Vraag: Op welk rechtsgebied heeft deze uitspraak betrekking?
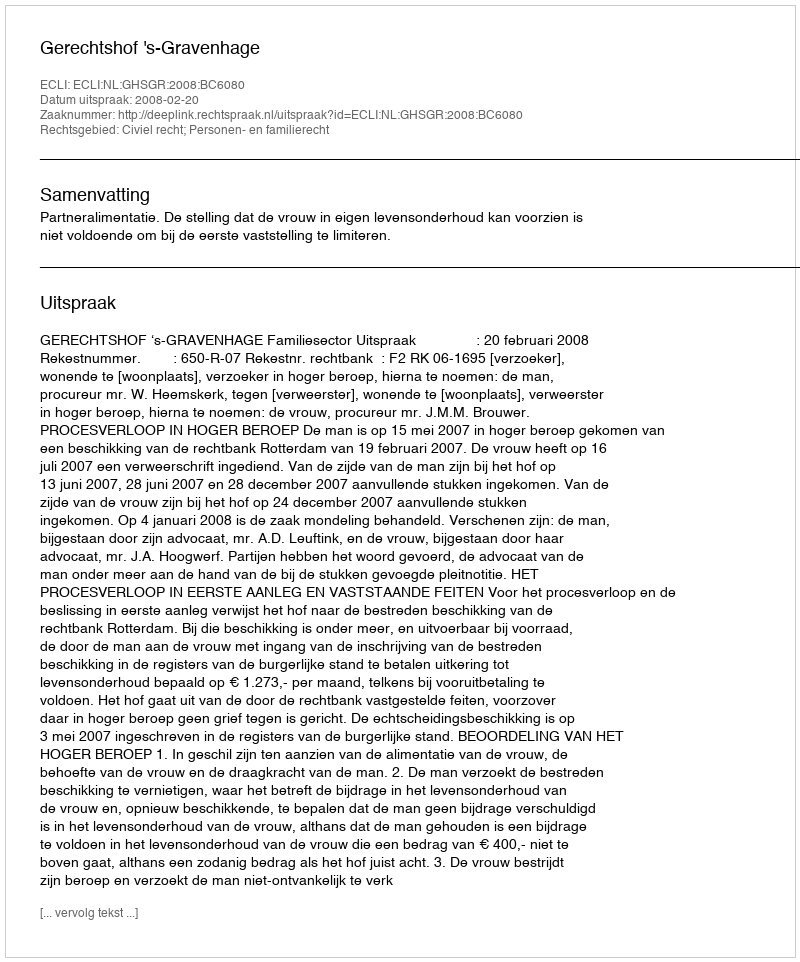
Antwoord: Civiel recht; Personen- en familierecht